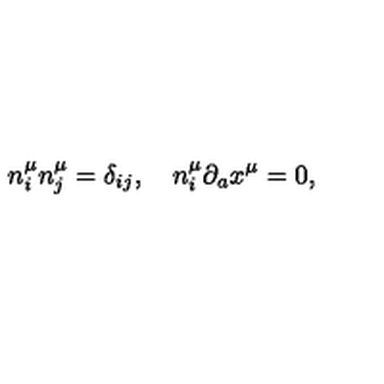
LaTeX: n _ { i } ^ { \mu } n _ { j } ^ { \mu } = \delta _ { i j } , \quad n _ { i } ^ { \mu } \partial _ { a } x ^ { \mu } = 0 ,